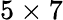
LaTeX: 5\times 7